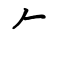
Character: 𠂉